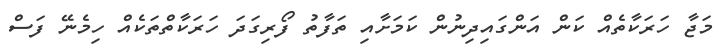
މަޖާ ހަރަކާތެއް ކަން އަންގައިދިނުން ކަމަށާއި ތަފާތު ފޯރިގަދަ ހަރަކާތްތަކެއް ހިމެނޭ ފަސް